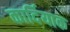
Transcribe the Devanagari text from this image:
कार्दियाक